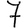
Digit: 7